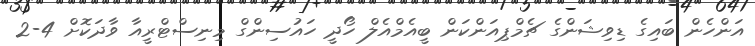
އަންހެން ބައިގެ ޑިވިޝަންގެ ޗެމްޕިއަންކަން ބީއެމްއެލް ހޯދީ ހައުސިންގް މިނިސްޓްރީއާ ވާދަކޮށް 4-2